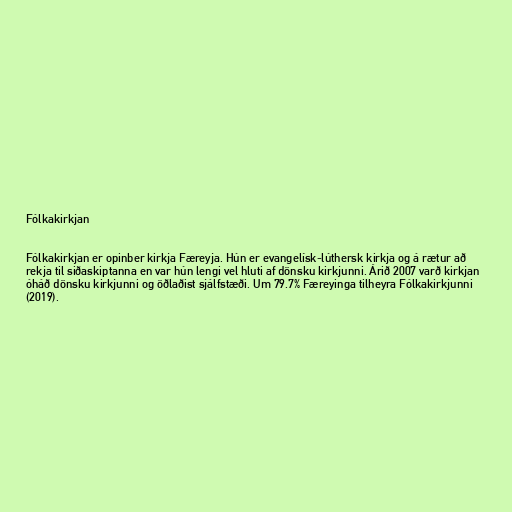
Fólkakirkjan

Fólkakirkjan er opinber kirkja Færeyja. Hún er evangelísk-lúthersk kirkja og á rætur að
rekja til siðaskiptanna en var hún lengi vel hluti af dönsku kirkjunni. Árið 2007 varð kirkjan
óháð dönsku kirkjunni og öðlaðist sjálfstæði. Um 79.7% Færeyinga tilheyra Fólkakirkjunni
(2019).